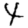
Digit: 4